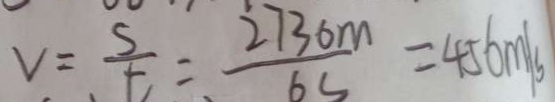
v = \frac { s } { t } = \frac { 2 7 3 0 m } { 6 s } = 4 5 6 m / s